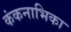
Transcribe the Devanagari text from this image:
कंकनाभिका